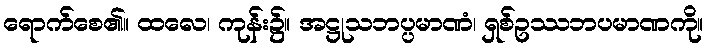
ရောက်စေ၏။ ထလေ၊ ကုန်း၌။ အဋ္ဌုသဘပ္ပမာဏံ၊ ရှစ်ဥဿဘပမာဏကို။